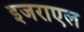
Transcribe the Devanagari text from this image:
इजराएल